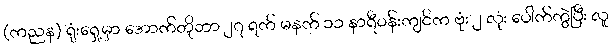
(ကညန) ရုံးရှေ့မှာ အောက်တိုဘာ ၂၇ ရက် မနက် ၁၁ နာရီဝန်းကျင်က ဗုံး ၂ လုံး ပေါက်ကွဲပြီး လူ